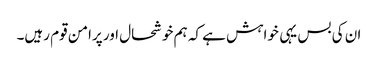
ان کی بس یہی خواہش ہے کہ ہم خوشحال اور پرامن قوم رہیں۔